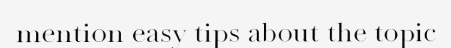
mention easy tips about the topic